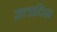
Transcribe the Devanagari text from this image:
सत्ताधिश